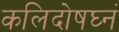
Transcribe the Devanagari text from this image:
कलिदोषघ्नं